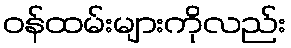
ဝန်ထမ်းများကိုလည်း